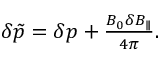
\begin{array} { r } { \delta \tilde { p } = \delta p + \frac { B _ { 0 } \delta B _ { \parallel } } { 4 \pi } . } \end{array}